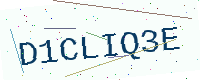
Text: D1CLIQ3E